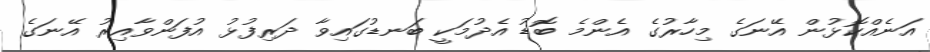
އަނެއްކޮޅުން އޭނަގެ މިހާރުގެ އެންމެ ބޮޑު އެދުމަކީ ބަނޑުގައިވާ ދަރިފުޅު އުފަންވާއިރު އޭނަގެ